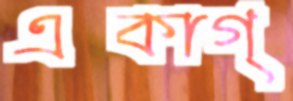
একাগ্